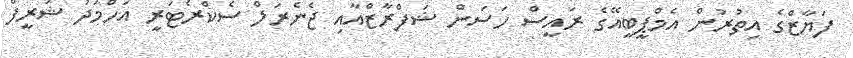
ފަޔާޒްގެ އިތުރުން އެމްޕީބީއޭގެ ރައީސް ހަސަން ޝަފްރާޒްއާއި ޖެނެރަލް ސެކްރެޓަރީ އަހްމަދު ޝަރީފް